Document type: Sale
Year: 1461
Scribe: [Unknown]
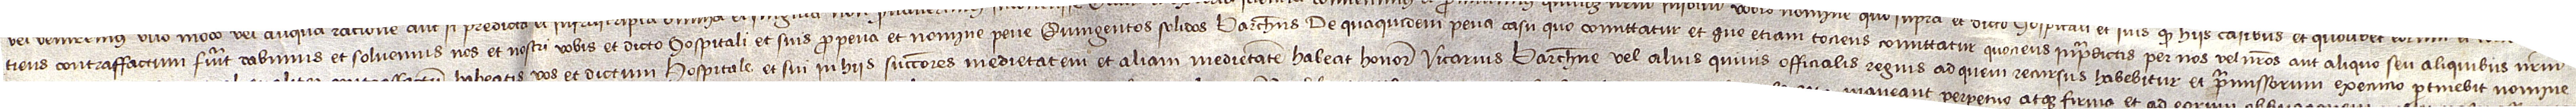
tiens contraffactum fuerit dabimus et solvemus nos et nostri vobis et dicto hospitali et suis pro pena et nomine pene quingentos solidos barchinoneses. De quaquidem pena, casu quo comittatur et que etiam tociens comittatur quociens in predictis per nos vel nostros aut aliquo seu aliquibus nostrum